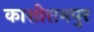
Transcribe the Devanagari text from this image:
काशीरामपुर